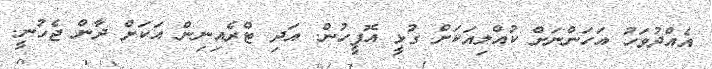
އެއްދުވަހު އަހަންނަށް ކުއްލިއަކަށް ގުޅީ އޮފީހުން. އަދި ޓްރެއިނިން އަކަށް ދާން ޖެހުނީ.